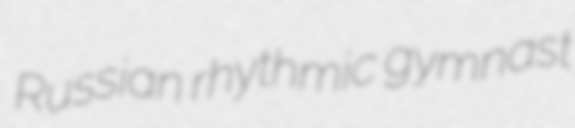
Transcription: Russian rhythmic gymnast